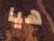
هيا